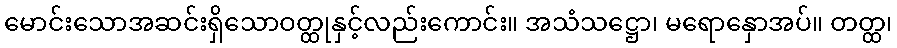
မောင်းသောအဆင်းရှိသောဝတ္ထုနှင့်လည်းကောင်း။ အသံသဋ္ဌော၊ မရောနှောအပ်။ တတ္ထ၊